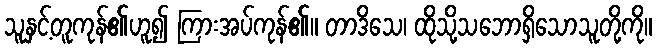
သူနှင့်တူကုန်၏ဟူ၍ ကြားအပ်ကုန်၏။ တာဒိသေ၊ ထိုသို့သဘောရှိသောသူတို့ကို။